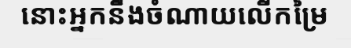
នោះអ្នកនឹងចំណាយលើកម្រៃ